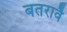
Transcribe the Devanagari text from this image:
बतरावै